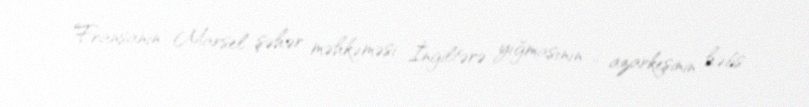
Fransanın Marsel şəhər məhkəməsi İngiltərə yığmasının 6 azarkeşinin həbs